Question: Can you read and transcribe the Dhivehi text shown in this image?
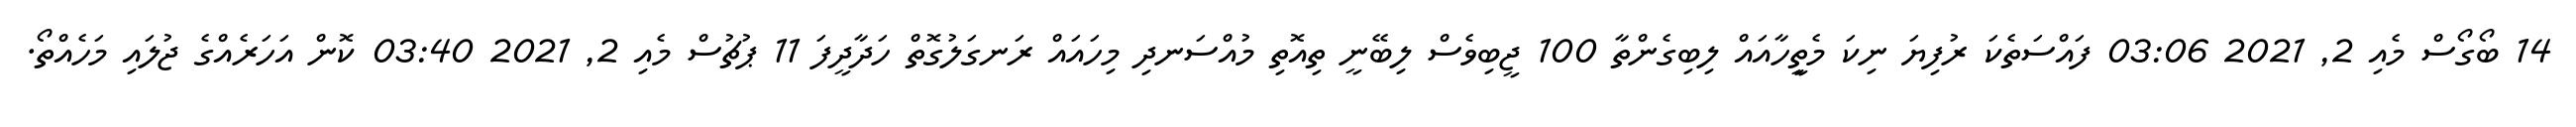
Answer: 14 ބޯގޯސް މެއި 2, 2021 03:06 ފައްސަތެކަ ރުފިޔަ ނިކަ މެތިީހާއައް ލިބިގެންތާ 100 ޖީބިވެސް ލިބޭނީ ތިއޮތި މުއްސަނދި މިހައައް ރަނގަލުގޮތް ހަދާދީފަ 11 ޕުޗުސް މެއި 2, 2021 03:40 ކޮން އަހަރެއްގެ ޖުލައި މަހެއްތޯ.